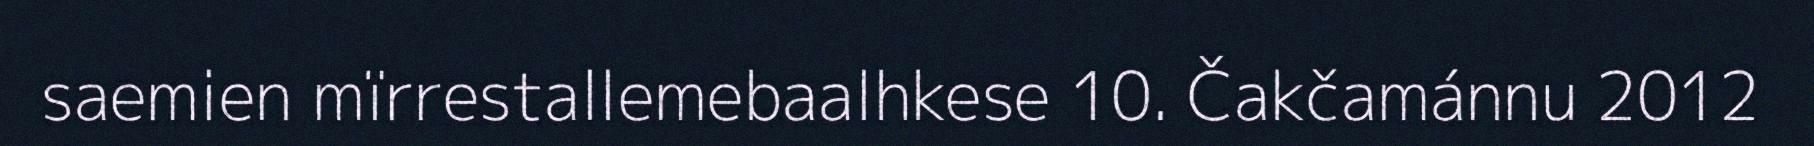
saemien mïrrestallemebaalhkese 10. Čakčamánnu 2012